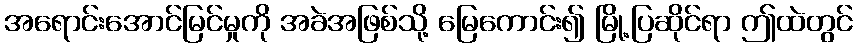
အရောင်းအောင်မြင်မှုကို အခဲအဖြစ်သို့ မြေကောင်း၍ မြို့ပြဆိုင်ရာ ဤထဲတွင်